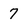
Character: 7